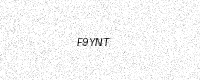
Text: F9YNT